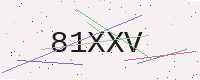
Text: 81XXV